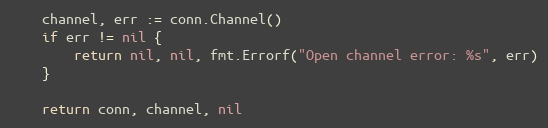
Language: Go
	channel, err := conn.Channel()
	if err != nil {
		return nil, nil, fmt.Errorf("Open channel error: %s", err)
	}

	return conn, channel, nil